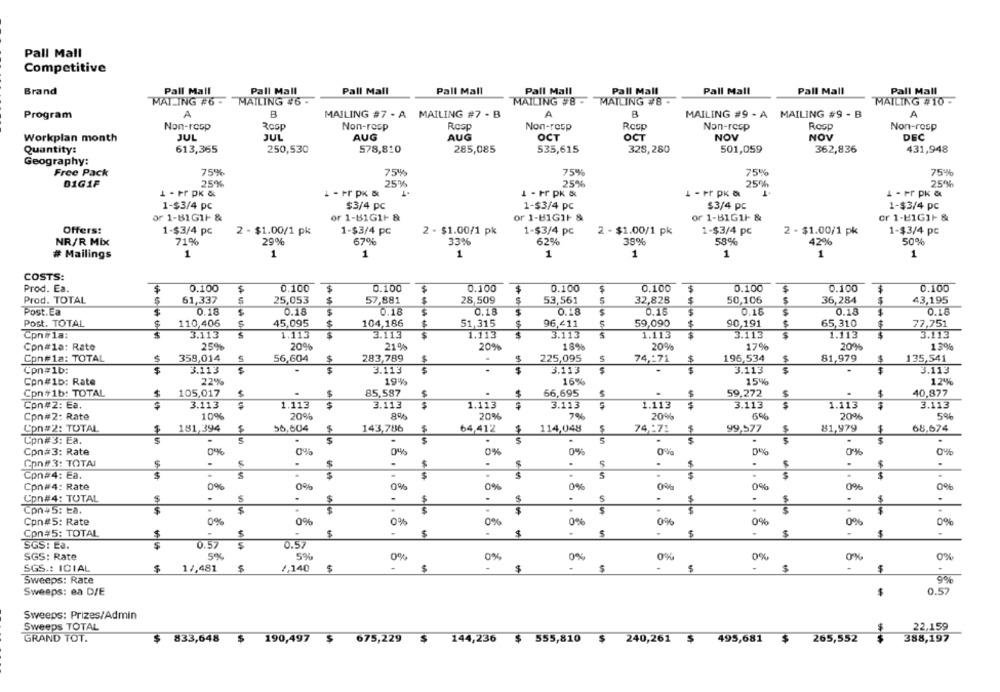
Pall Mall
Competitive
Pall Mall
Pall Mall
Pall Mall
Pall Mall
Pall Mall
Pall Mall
Pall Mall
Pall Mall
Brand
Pall Mall
MAILING #6 - MAILING #6 -
MAILING #8 - MAILING #8 -
MAILING #10 -
Program
A
B
MAILING #7 - A MAILING #7 - B
A
B
MAILING #9 - A MAILING #9 - B
A
ROsp
Non-rosp
Non-rosp
Rosp
Non-resp
Resp
Non-resp
Resp
Non-rosp
Workplan month
JUL
JUL
AUG
AUG
OCT
OCT
NOV
NOV
DEC
Quantity:
613,365
250,530
578,810
285,085
535,615
328,280
501,059
362,836
431,948
Geography:
Free Pack
75%
75%
75%
75%
75%
01G1F
25%
25%
25%
25%
T
25%
1 - Fr pK &
L - Fr PK &
1 - Fr PK &
1 - Fr PK &
1 - Fr PK &
1-$3/4 pc
$3/4 pc
1-$3/4 pc
$3/4 pc
1-$3/4 pc
or 1-81G1F &
or 1-B1G1F &
or 1-BIG1F &
or 1-B1G11- &
or 1-E1G1F &
Offers:
1-$3/4 pc
2 - $1.00/1 pk
1-$3/4 pc
2 - $1.00/1 pk
1-$3/4 pc
2 - $1.00/1 pk
1-$3/4 pc
2 - $1.00/1 pk
1-$3/4 pc
NR/R Mix
71%
29%
67%
33%
62%
38%
58%
42%
50%
# Mailings
1
1
1
1
1
1
1
1
1
COSTS:
Prod. Ea.
$
0.100
$
0.100
$
0.100
$
0.100
0.100
$
0.100
$
0.100
$
0.100
$
0.100
Prod. TOTAL
$
61,337
25,053
$
57,881
28,509
53,561
32,828
$
50,106
5
36,284
43,195
Post.Ea
$
0.18
0.18
0.16
0.18
0.18
0.1:
$
0.18
0.18
0.18
Post. TOTAL
$
110,406
45,095
104,186
51,315
96,411
59,090
90,191
65,310
77,751
Cpn#1a:
3.113
1.113
3.113
1.113
3
3.113
1.113
$
3.113
1.113
3.113
25%
20%
21%
20%
18%
20%
17%
20%
1,3%
Con#1a: Rate
Con#1a: TOTAL
$
358,014
56,604
283,789
$
225,095
S
74 ,- 71
$
196,534
81,979
135,541
Cpn#1b:
3.113
$
3.113
.
3.113
$
3.113
3.113
Con#1b: Rate
22%
19%
16%
15%
1.2%
Con #1b: TOTAL
$
105,017
$
85,587
66,695
5
$
59,272
$
40,877
Con#2: Ea.
3.113
1.113
$
3.113
1.113
3.113
1.113
$
3.113
1.113
3.113
10%
20%
8%
20%
7%
20%
20%
5%
Con#2: Rate
6%
Con#2: TOTAL
$
181,394
56,604
$
143,786
$
64,412
$
114,048
74 ,- 71
$
99.577
$
81,979
68,674
Con#3: Ea.
.
.
.
5
$
.
$
0%
0%
0%
0%
0%
Cpn#3: Rate
0%
0%
0%
Con#3: TOTAI
$
.
.
.
$
.
.
Con#4: Ea.
$
S
$
.
.
$
$
.
.
0%
0%
0%
0%
0%
0%
0%
0%
Cpn#4: Rate
0%
Con#4: TOTAL
$
S
.
.
.
5
.
$
.
$
$
Con#5: Ea.
$
$
$
$
$
0%
Cpn#5: Rate
0%
0%
0%
0%
0%
0%
0%
0%
Con#5: TOTAL
$
.
$
$
$
$
$
$
5
SGS: La.
0.57
0.57
SGS: Rate
5%
5%
0%
0%
0%
0%
0%
0%
0%
SGS .: ICIAL
$
1/,481
1,140
$
$
$
$
-
$
-
$
Sweeps: Rate
Sweeps: ea D/E
$
0.57
Sweeps: Prizes/Admin
Sweeps TOTAL
22,159
$
GRAND TOT.
833,648
190,497
$
675,229
$
144,236
$
555,810
$
240,261
$
495,681
$
265,552
388,197